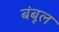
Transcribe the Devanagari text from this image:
बंबूल